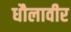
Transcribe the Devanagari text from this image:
धौलावीर